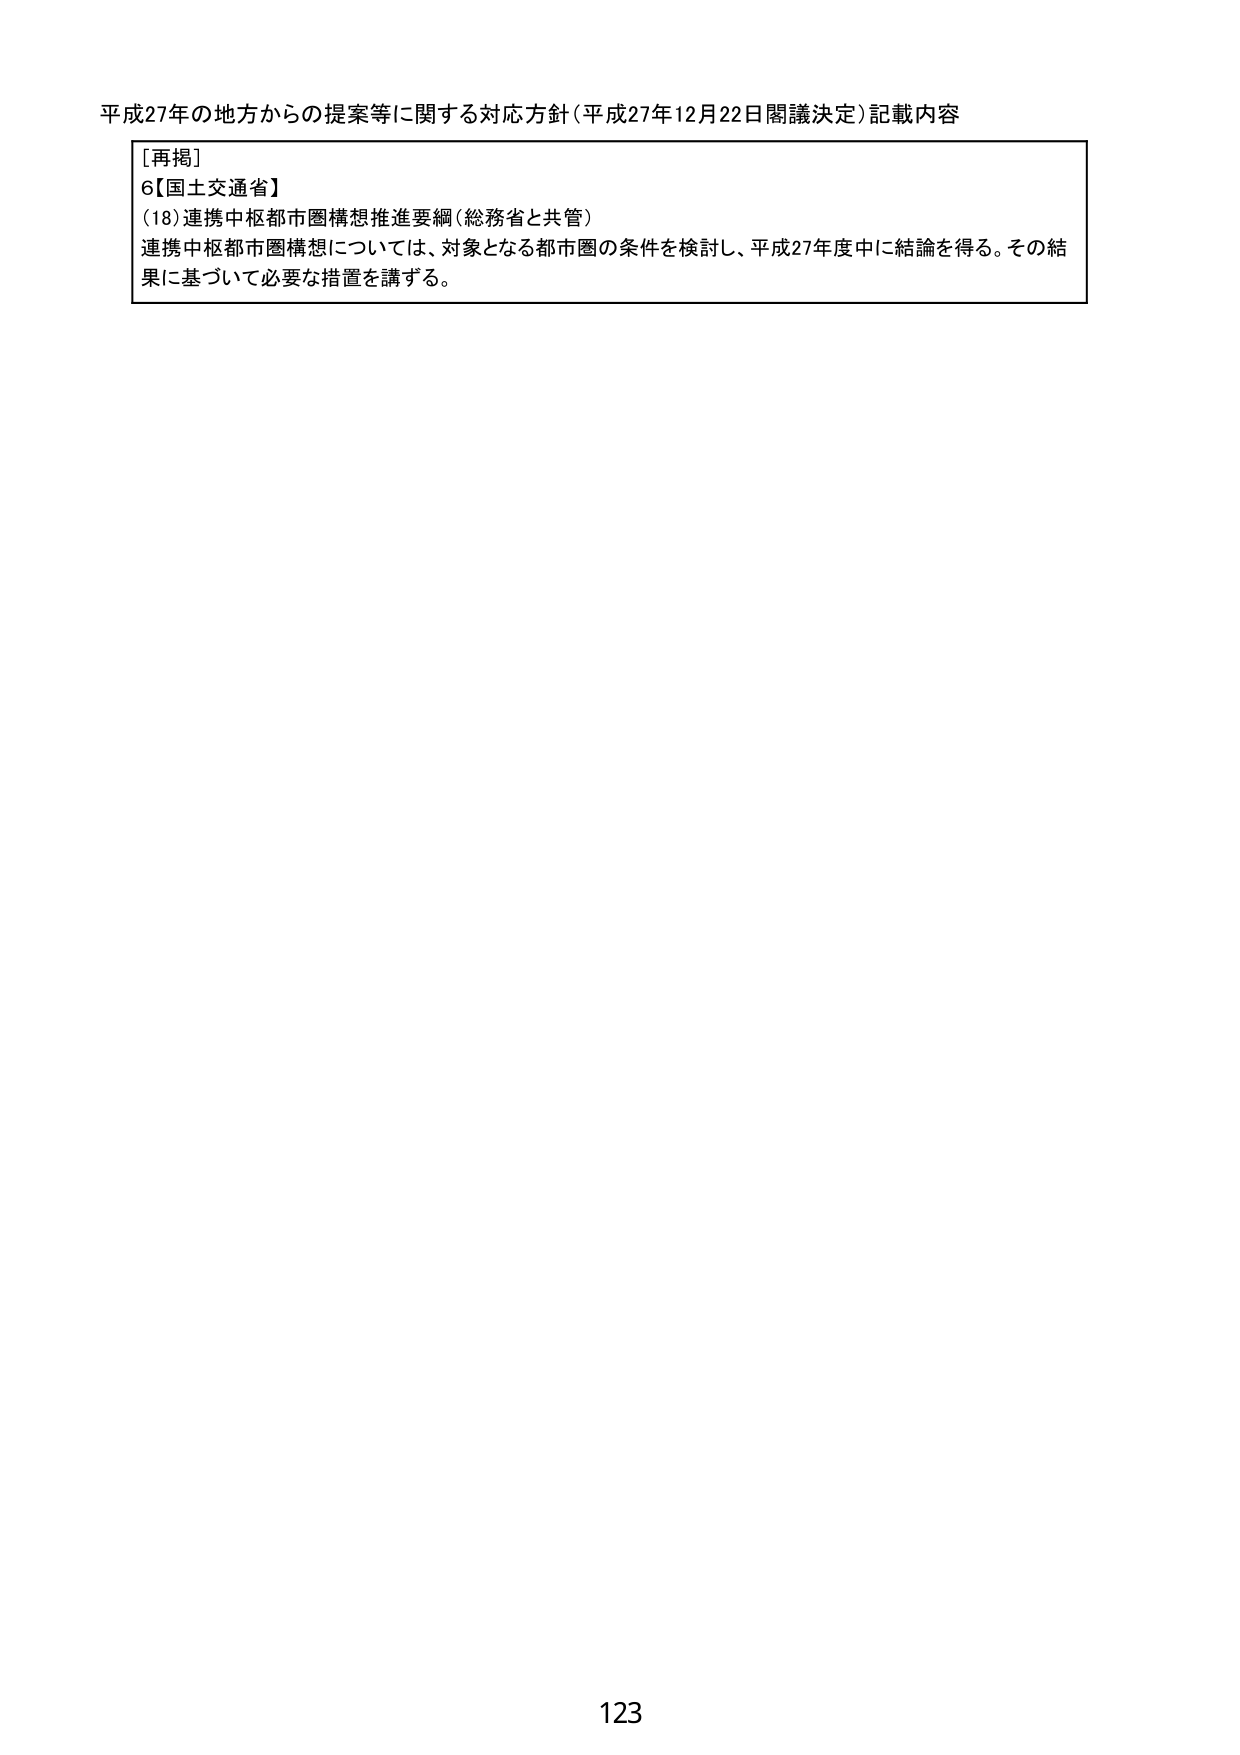
平成27年の地方からの提案等に関する対応方針（平成27年12月22日閣議決定）記載内容

[再掲]
6【国土交通省】
(18) 連携中枢都市圏構想推進要綱（総務省と共管）
連携中枢都市圏構想については、対象となる都市圏の条件を検討し、平成27年度中に結論を得る。その結果に基づいて必要な措置を講ずる。

123